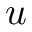
u